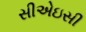
સીએઇસી